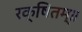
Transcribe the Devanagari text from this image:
रक्षितम्॥